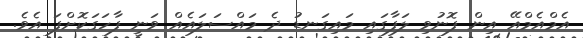
އެމްއެމްއޭ އިން ފޮނުވި ލަފާގައި މައިގަނޑު ދެ މައްސަލައެއް ވަނީ ފާހަގަކޮށްފަ އެވެ.